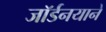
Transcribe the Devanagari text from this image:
जॉर्डनयाने